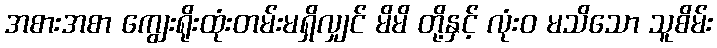
အစားအစာ ကျွေးရိုးထုံးတမ်းမရှိလျှင် မိမိ တို့နှင့် လုံးဝ မသိသော သူစိမ်း